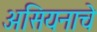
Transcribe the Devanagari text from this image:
असियनाचे